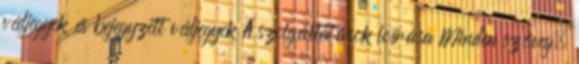
védjegyek és bejegyzett védjegyek A szolgáltatások leírása Minden szöveg,